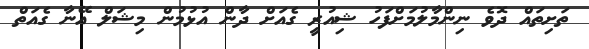
ތަށިތައް ދޮވެ ނިންމާލުމަށްފަހު ޝިއުރީ ގެއަށް ދާން އުޅުމުން މިޝަލް އޭނާ ގެއަތް